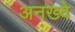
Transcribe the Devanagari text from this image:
अनख्वे